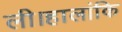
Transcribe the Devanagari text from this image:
ली।हालांकि